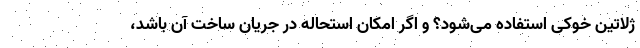
ژلاتین خوکی استفاده می‌شود؟ و اگر امکان استحاله در جریان ساخت آن باشد،